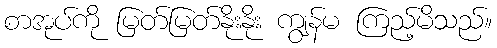
စာအုပ်ကို မြတ်မြတ်နိုးနိုး ကျွန်မ ကြည့်မိသည်။